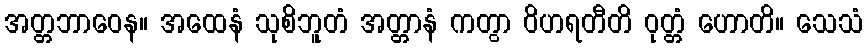
အတ္တဘာဝေန။ အထေနံ သုစိဘူတံ အတ္တာနံ ကတွာ ဝိဟရတီတိ ဝုတ္တံ ဟောတိ။ သေသံ